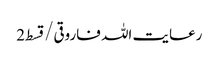
رعایت اللہ فاروقی/ قسط2